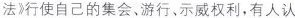
法》行使自己的集会、游行、示威权利，有人认